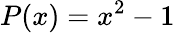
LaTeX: P(x)=x^{2}-1